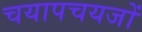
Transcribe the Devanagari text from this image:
चयापचयजों